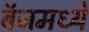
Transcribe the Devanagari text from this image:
बॅजमध्ये